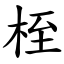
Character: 桎